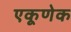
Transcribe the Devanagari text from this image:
एकूणेक